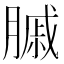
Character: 𦟠